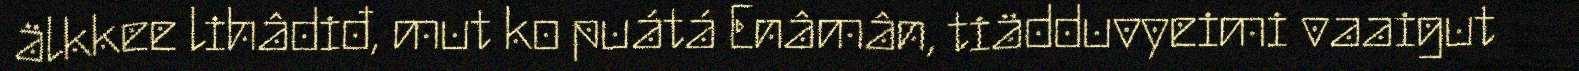
älkkee lihâdiđ, mut ko puátá Enâmân, tiädduvyeimi vaaigut